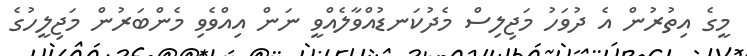
މީގެ އިތުރުން އެ ދުވަހު މަޖިލިސް މެދުކަނޑުއްވާލެއްވީ ނަން އިއްވެވި މެންބަރުން މަޖިލީހުގެ